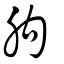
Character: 胊